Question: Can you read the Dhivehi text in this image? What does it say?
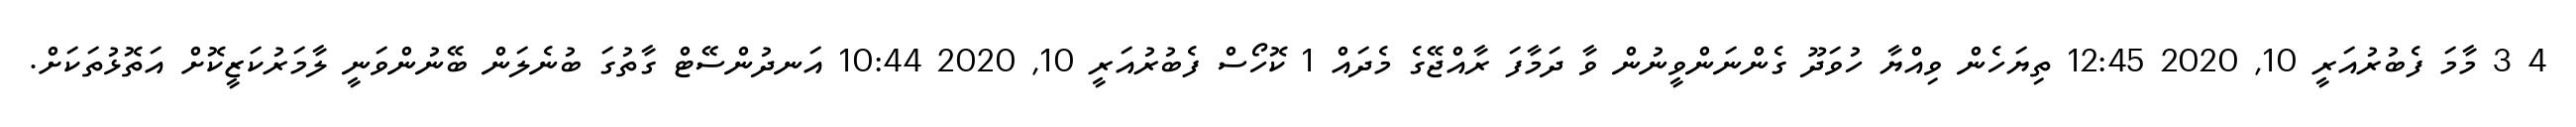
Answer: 4 3 މާމަ ފެބުރުއަރީ 10, 2020 12:45 ތިޔަހެން ވިއްޔާ ހުވަދޫ ގެންނަންވީނުން ވާ ދަމާފަ ރާއްޖޭގެ މެދައް 1 ކޮހޯސް ފެބުރުއަރީ 10, 2020 10:44 އަނދުންސޭޓް ގާތުގަ ބުނެލަން ބޭނުންވަނީ ލާމަރުކަޒީކޮށް އަތޮޅުތަކަށް.